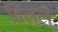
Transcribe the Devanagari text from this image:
बिल्ल्